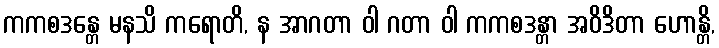
ကကစဒန္တေ မနသိ ကရောတိ, န အာဂတာ ဝါ ဂတာ ဝါ ကကစဒန္တာ အဝိဒိတာ ဟောန္တိ,